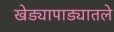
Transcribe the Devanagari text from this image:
खेड्यापाड्यातले